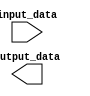
module parameterized_module #(parameter PARAM1 = 8, PARAM2 = 4)(
    input [PARAM1-1:0] input_data,
    output [PARAM2-1:0] output_data
);

// Add your module functionality here

endmodule